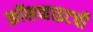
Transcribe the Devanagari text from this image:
क्रॉसव्हाइटची